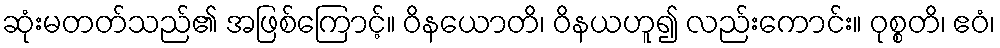
ဆုံးမတတ်သည်၏ အဖြစ်ကြောင့်။ ဝိနယောတိ၊ ဝိနယဟူ၍ လည်းကောင်း။ ဝုစ္စတိ၊ ဧဝံ၊